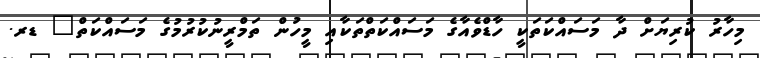
މިހާރު ކުރިޔަށް ދާ މަސައްކަތަކީ ހާޑްވެއާގެ މަސައްކަތްތަކާއި މީހުން ތަމްރީނުކުރުމުގެ މަސައްކަތް" ޑރ.